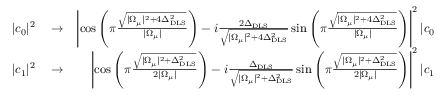
\begin{array} { r l r } { | c _ { 0 } | ^ { 2 } } & { { } \rightarrow } & { \left| \cos \left( \pi \frac { \sqrt { | \Omega _ { \mu } | ^ { 2 } + 4 \Delta _ { \mathrm { D L S } } ^ { 2 } } } { | \Omega _ { \mu } | } \right) - i \frac { 2 \Delta _ { \mathrm { D L S } } } { \sqrt { | \Omega _ { \mu } | ^ { 2 } + 4 \Delta _ { \mathrm { D L S } } ^ { 2 } } } \sin \left( \pi \frac { \sqrt { | \Omega _ { \mu } | ^ { 2 } + 4 \Delta _ { \mathrm { D L S } } ^ { 2 } } } { | \Omega _ { \mu } | } \right) \right| ^ { 2 } | c _ { 0 } | ^ { 2 } , } \\ { | c _ { 1 } | ^ { 2 } } & { { } \rightarrow } & { \left| \cos \left( \pi \frac { \sqrt { | \Omega _ { \mu } | ^ { 2 } + \Delta _ { \mathrm { D L S } } ^ { 2 } } } { 2 | \Omega _ { \mu } | } \right) - i \frac { \Delta _ { \mathrm { D L S } } } { \sqrt { | \Omega _ { \mu } | ^ { 2 } + \Delta _ { \mathrm { D L S } } ^ { 2 } } } \sin \left( \pi \frac { \sqrt { | \Omega _ { \mu } | ^ { 2 } + \Delta _ { \mathrm { D L S } } ^ { 2 } } } { 2 | \Omega _ { \mu } | } \right) \right| ^ { 2 } | c _ { 1 } | ^ { 2 } . } \end{array}